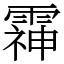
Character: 䨩